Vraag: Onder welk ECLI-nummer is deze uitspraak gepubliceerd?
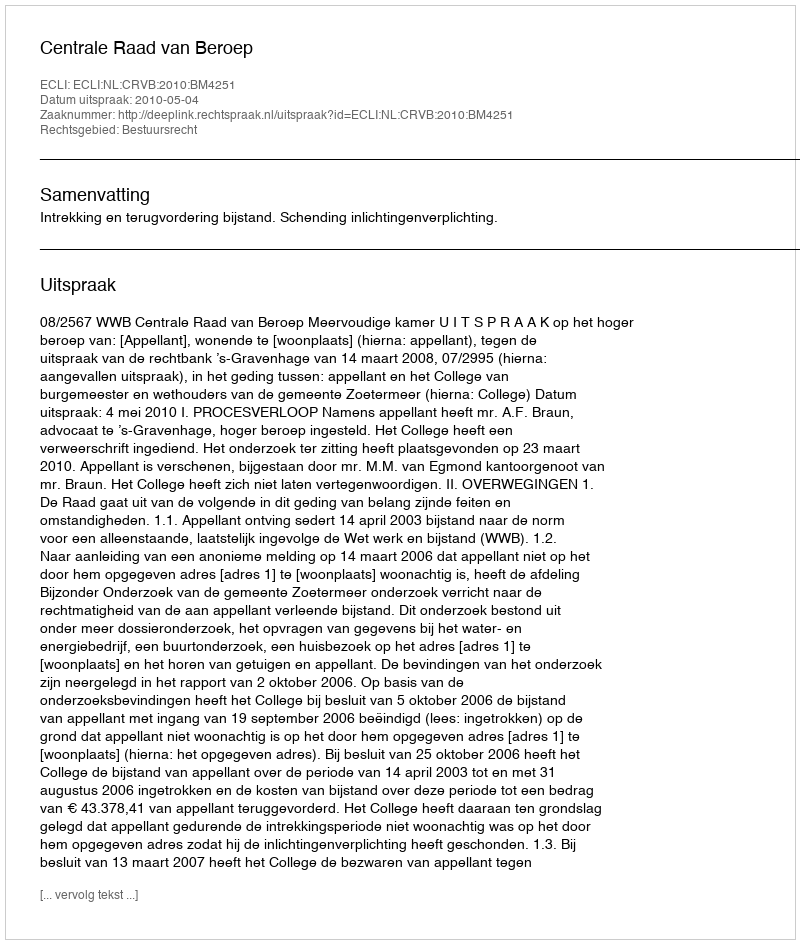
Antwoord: ECLI:NL:CRVB:2010:BM4251